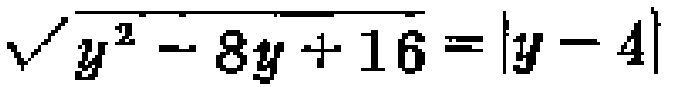
$\sqrt{y^{2}-8y + 16}=|y - 4|$